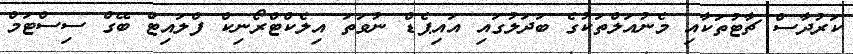
ކަރުދާސް ޗާޓުތަކާއި މެނުއަލްތަކުގެ ބަދަލުގައި އައިޕެޑް ނުވަތަ އިލެކްޓްރޯނިކް ފްލައިޓް ބޭގް ސިސްޓަމް